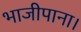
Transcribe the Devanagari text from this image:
भाजीपाना।